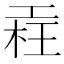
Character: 𣒳